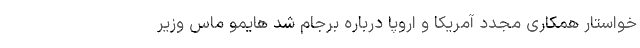
خواستار همکاری مجدد آمریکا و اروپا درباره برجام شد هایمو ماس وزیر